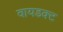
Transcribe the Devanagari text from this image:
वायडक्ट